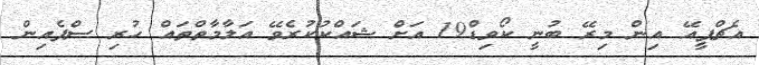
އެޗްޕީއޭ އިން މިރޭ ބުނީ ކޯވިޑް19 އަށް ޝައްކުކުރެވޭ އަލާމާތްތައް ހުރި ސްޕެއިން